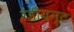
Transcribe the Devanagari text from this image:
रेडीयन्ट